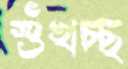
শুঁখচ্ছ